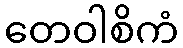
တေဝါစိကံ